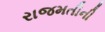
રાજમતીની